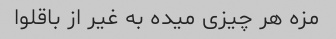
مزه هر چیزی میده به غیر از باقلوا